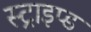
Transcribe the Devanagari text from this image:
स्ट्राइप्ड